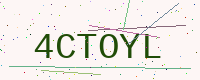
Text: 4CTOYL